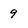
Character: 9